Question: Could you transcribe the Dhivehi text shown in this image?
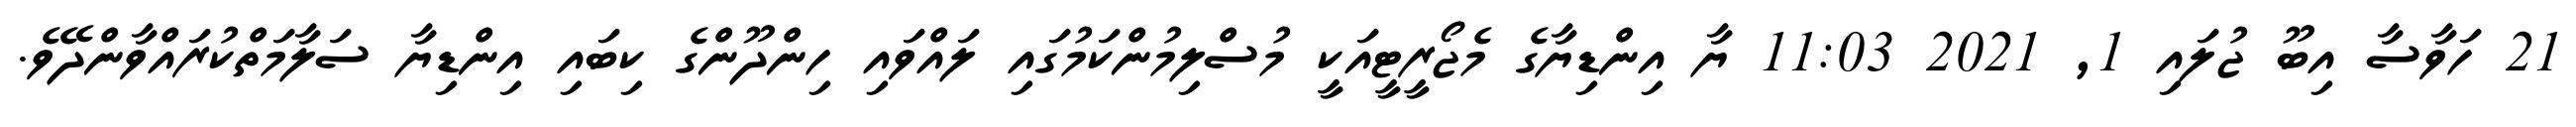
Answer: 21 ހަވާސާ އިބޫ ޖުލައި 1, 2021 11:03 ޔާ އިންޑިޔާގެ މެޖޯރީޓީއަކީ މުސްލިމުންކަމުގައި ލައްވައި ހިންދޫންގެ ކިބައި އިންޑިޔާ ސަލާމަތްކުރައްވާންދޭވެ.